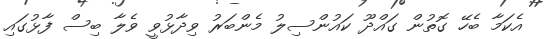
އެކަމާ ބެހޭ ގޮތުން ގައްދޫ ކައުންސިލު މެންބަރު ވިދާޅުވީ ވެލާ ބިސް ފާޅުގައި